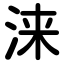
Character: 涞